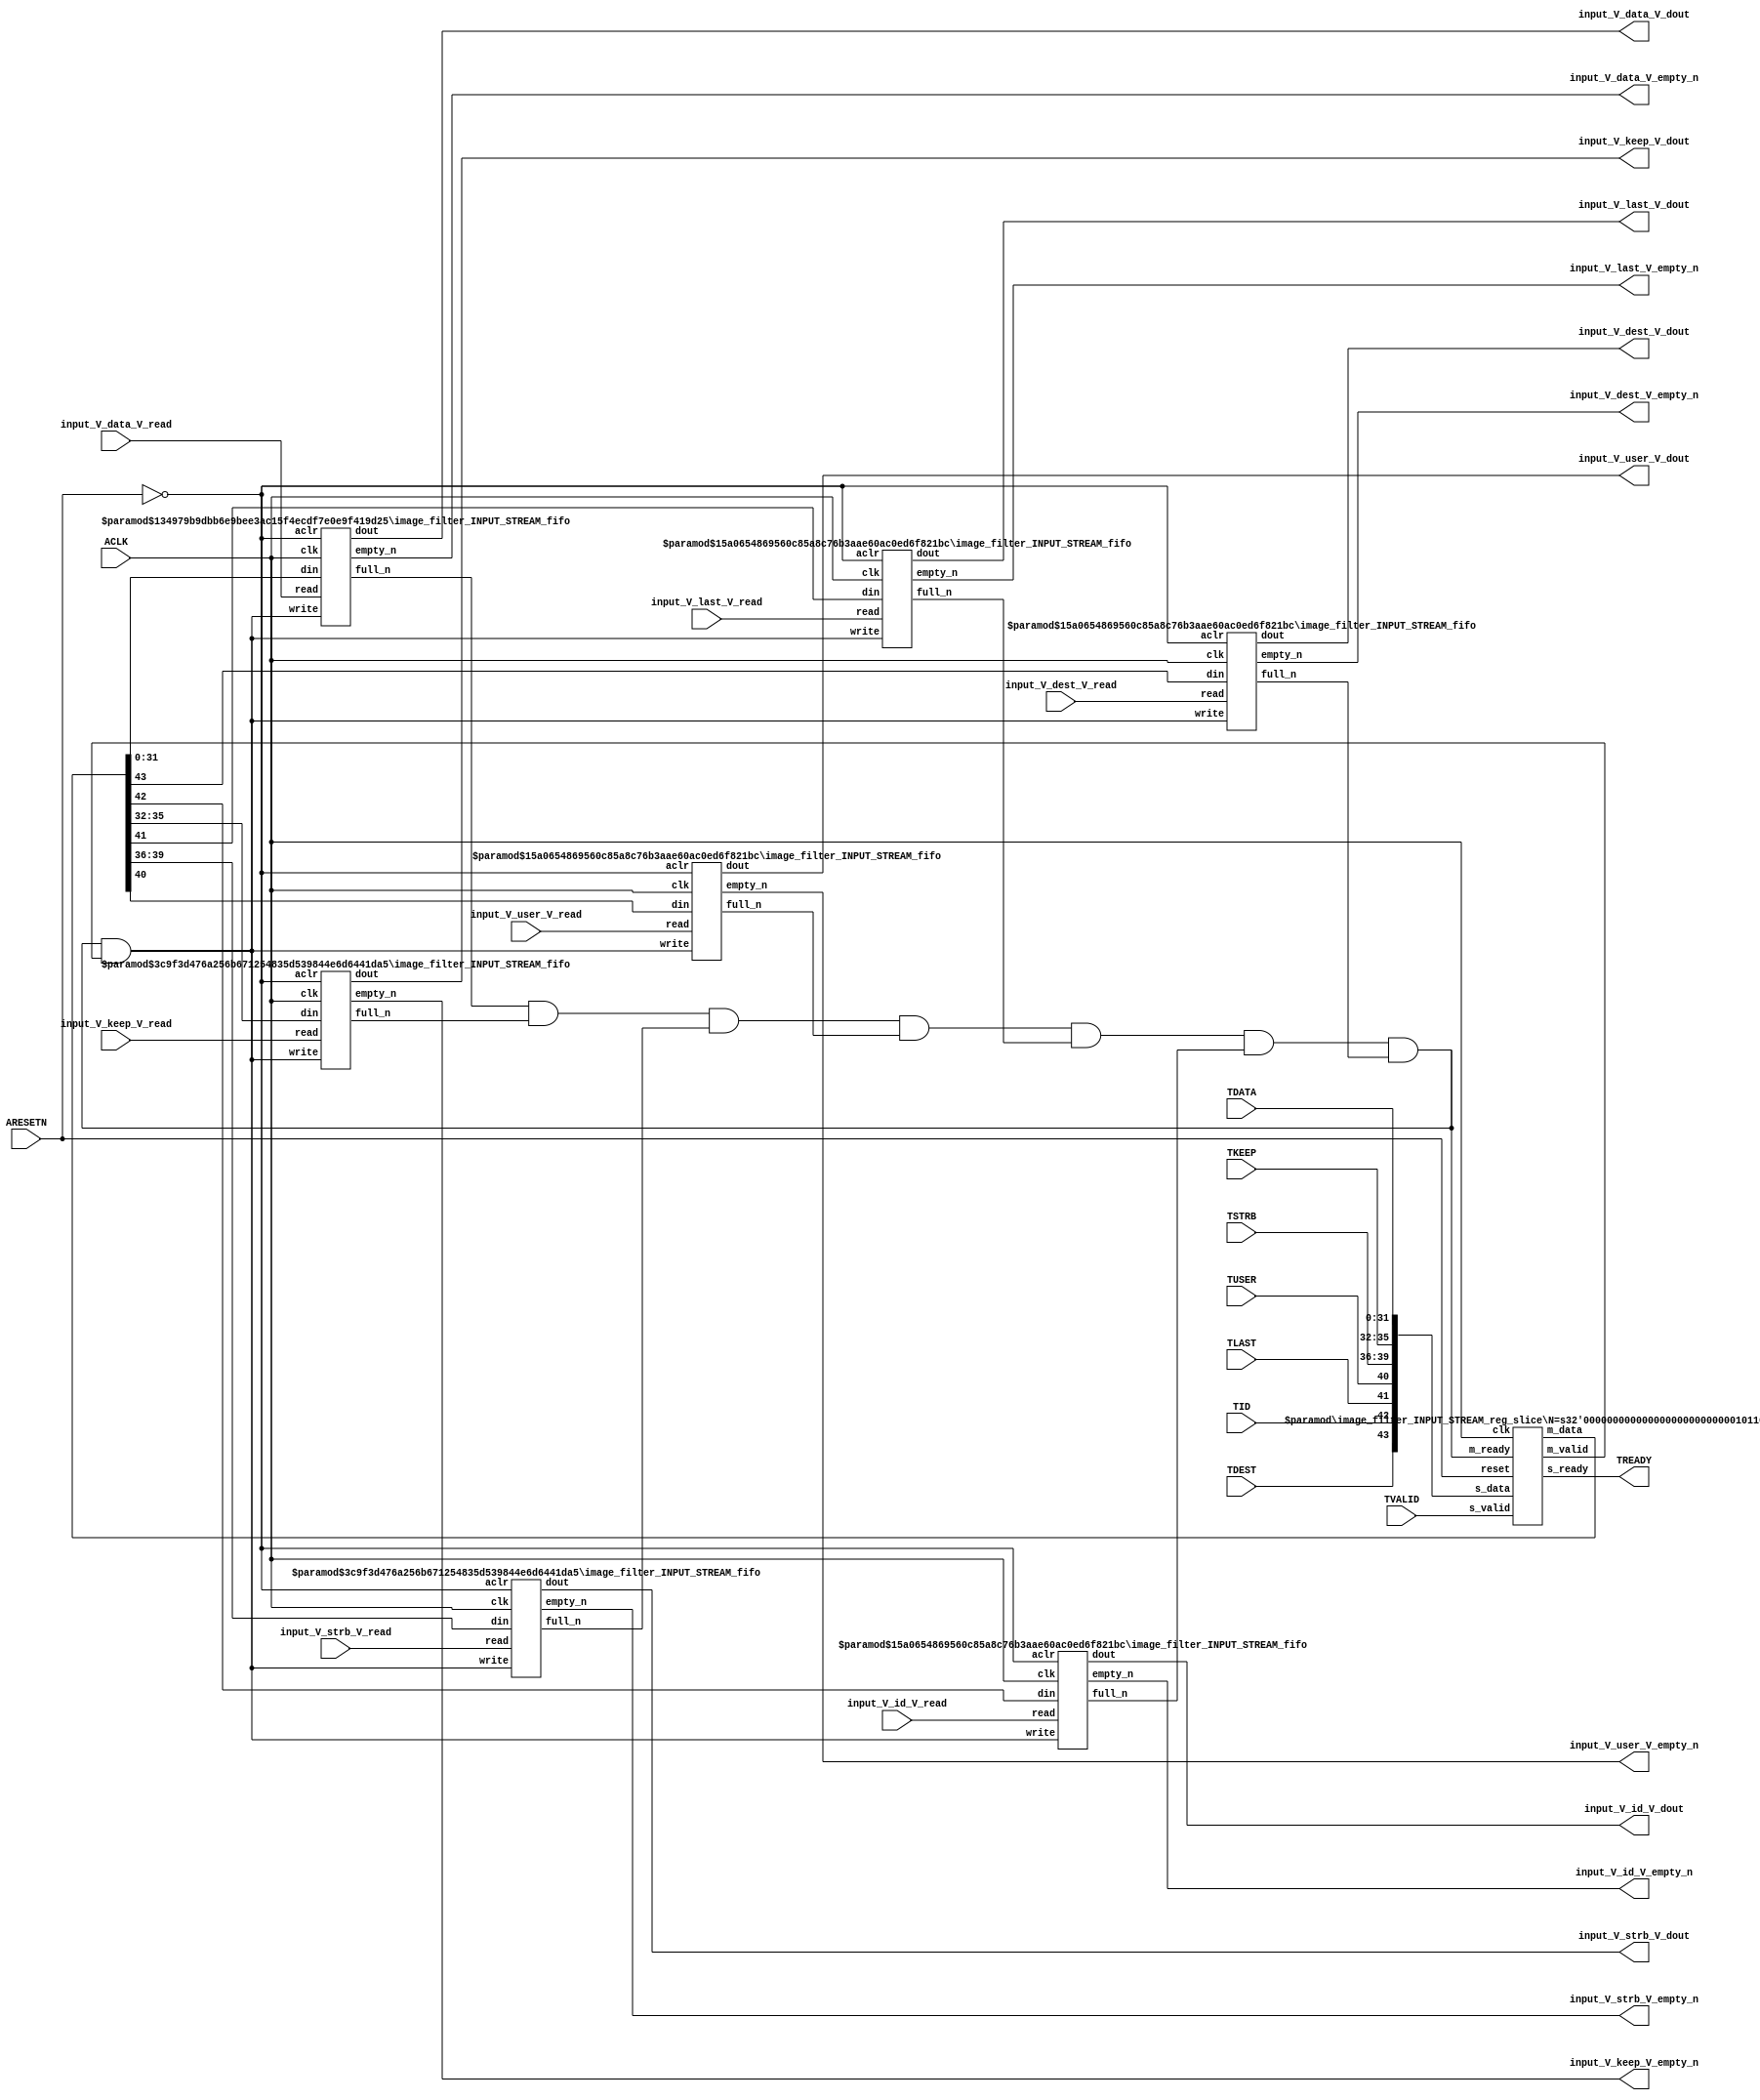
// ==============================================================
// File generated by Vivado(TM) HLS - High-Level Synthesis from C, C++ and SystemC
// Version: 2013.2
// Copyright (C) 2013 Xilinx Inc. All rights reserved.
// 
// ==============================================================


`timescale 1ns/1ps

module image_filter_INPUT_STREAM_if (
    // AXI4-Stream singals
    input  wire        ACLK,
    input  wire        ARESETN,
    input  wire        TVALID,
    output wire        TREADY,
    input  wire [31:0] TDATA,
    input  wire [3:0]  TKEEP,
    input  wire [3:0]  TSTRB,
    input  wire [0:0]  TUSER,
    input  wire [0:0]  TLAST,
    input  wire [0:0]  TID,
    input  wire [0:0]  TDEST,
    // User signals
    output wire [31:0] input_V_data_V_dout,
    output wire        input_V_data_V_empty_n,
    input  wire        input_V_data_V_read,
    output wire [3:0]  input_V_keep_V_dout,
    output wire        input_V_keep_V_empty_n,
    input  wire        input_V_keep_V_read,
    output wire [3:0]  input_V_strb_V_dout,
    output wire        input_V_strb_V_empty_n,
    input  wire        input_V_strb_V_read,
    output wire [0:0]  input_V_user_V_dout,
    output wire        input_V_user_V_empty_n,
    input  wire        input_V_user_V_read,
    output wire [0:0]  input_V_last_V_dout,
    output wire        input_V_last_V_empty_n,
    input  wire        input_V_last_V_read,
    output wire [0:0]  input_V_id_V_dout,
    output wire        input_V_id_V_empty_n,
    input  wire        input_V_id_V_read,
    output wire [0:0]  input_V_dest_V_dout,
    output wire        input_V_dest_V_empty_n,
    input  wire        input_V_dest_V_read
);
//------------------------Local signal-------------------
// FIFO
wire [0:0]  fifo_write;
wire [0:0]  fifo_full_n;
wire [31:0] input_V_data_V_din;
wire [0:0]  input_V_data_V_full_n;
wire [3:0]  input_V_keep_V_din;
wire [0:0]  input_V_keep_V_full_n;
wire [3:0]  input_V_strb_V_din;
wire [0:0]  input_V_strb_V_full_n;
wire [0:0]  input_V_user_V_din;
wire [0:0]  input_V_user_V_full_n;
wire [0:0]  input_V_last_V_din;
wire [0:0]  input_V_last_V_full_n;
wire [0:0]  input_V_id_V_din;
wire [0:0]  input_V_id_V_full_n;
wire [0:0]  input_V_dest_V_din;
wire [0:0]  input_V_dest_V_full_n;
// register slice
wire [0:0]  s_valid;
wire [0:0]  s_ready;
wire [43:0] s_data;
wire [0:0]  m_valid;
wire [0:0]  m_ready;
wire [43:0] m_data;

//------------------------Instantiation------------------
// rs
image_filter_INPUT_STREAM_reg_slice #(
    .N       ( 44 )
) rs (
    .clk     ( ACLK ),
    .reset   ( ARESETN ),
    .s_data  ( s_data ),
    .s_valid ( s_valid ),
    .s_ready ( s_ready ),
    .m_data  ( m_data ),
    .m_valid ( m_valid ),
    .m_ready ( m_ready )
);

// input_V_data_V_fifo
image_filter_INPUT_STREAM_fifo #(
    .DATA_BITS  ( 32 ),
    .DEPTH_BITS ( 4 )
) input_V_data_V_fifo (
    .clk        ( ACLK ),
    .aclr       ( ~ARESETN ),
    .empty_n    ( input_V_data_V_empty_n ),
    .full_n     ( input_V_data_V_full_n ),
    .read       ( input_V_data_V_read ),
    .write      ( fifo_write ),
    .dout       ( input_V_data_V_dout ),
    .din        ( input_V_data_V_din )
);

// input_V_keep_V_fifo
image_filter_INPUT_STREAM_fifo #(
    .DATA_BITS  ( 4 ),
    .DEPTH_BITS ( 4 )
) input_V_keep_V_fifo (
    .clk        ( ACLK ),
    .aclr       ( ~ARESETN ),
    .empty_n    ( input_V_keep_V_empty_n ),
    .full_n     ( input_V_keep_V_full_n ),
    .read       ( input_V_keep_V_read ),
    .write      ( fifo_write ),
    .dout       ( input_V_keep_V_dout ),
    .din        ( input_V_keep_V_din )
);

// input_V_strb_V_fifo
image_filter_INPUT_STREAM_fifo #(
    .DATA_BITS  ( 4 ),
    .DEPTH_BITS ( 4 )
) input_V_strb_V_fifo (
    .clk        ( ACLK ),
    .aclr       ( ~ARESETN ),
    .empty_n    ( input_V_strb_V_empty_n ),
    .full_n     ( input_V_strb_V_full_n ),
    .read       ( input_V_strb_V_read ),
    .write      ( fifo_write ),
    .dout       ( input_V_strb_V_dout ),
    .din        ( input_V_strb_V_din )
);

// input_V_user_V_fifo
image_filter_INPUT_STREAM_fifo #(
    .DATA_BITS  ( 1 ),
    .DEPTH_BITS ( 4 )
) input_V_user_V_fifo (
    .clk        ( ACLK ),
    .aclr       ( ~ARESETN ),
    .empty_n    ( input_V_user_V_empty_n ),
    .full_n     ( input_V_user_V_full_n ),
    .read       ( input_V_user_V_read ),
    .write      ( fifo_write ),
    .dout       ( input_V_user_V_dout ),
    .din        ( input_V_user_V_din )
);

// input_V_last_V_fifo
image_filter_INPUT_STREAM_fifo #(
    .DATA_BITS  ( 1 ),
    .DEPTH_BITS ( 4 )
) input_V_last_V_fifo (
    .clk        ( ACLK ),
    .aclr       ( ~ARESETN ),
    .empty_n    ( input_V_last_V_empty_n ),
    .full_n     ( input_V_last_V_full_n ),
    .read       ( input_V_last_V_read ),
    .write      ( fifo_write ),
    .dout       ( input_V_last_V_dout ),
    .din        ( input_V_last_V_din )
);

// input_V_id_V_fifo
image_filter_INPUT_STREAM_fifo #(
    .DATA_BITS  ( 1 ),
    .DEPTH_BITS ( 4 )
) input_V_id_V_fifo (
    .clk        ( ACLK ),
    .aclr       ( ~ARESETN ),
    .empty_n    ( input_V_id_V_empty_n ),
    .full_n     ( input_V_id_V_full_n ),
    .read       ( input_V_id_V_read ),
    .write      ( fifo_write ),
    .dout       ( input_V_id_V_dout ),
    .din        ( input_V_id_V_din )
);

// input_V_dest_V_fifo
image_filter_INPUT_STREAM_fifo #(
    .DATA_BITS  ( 1 ),
    .DEPTH_BITS ( 4 )
) input_V_dest_V_fifo (
    .clk        ( ACLK ),
    .aclr       ( ~ARESETN ),
    .empty_n    ( input_V_dest_V_empty_n ),
    .full_n     ( input_V_dest_V_full_n ),
    .read       ( input_V_dest_V_read ),
    .write      ( fifo_write ),
    .dout       ( input_V_dest_V_dout ),
    .din        ( input_V_dest_V_din )
);

//------------------------Body---------------------------
//++++++++++++++++++++++++AXI4-Stream++++++++++++++++++++
assign TREADY = s_ready;

//+++++++++++++++++++++++++++++++++++++++++++++++++++++++

//++++++++++++++++++++++++Reigister Slice++++++++++++++++
assign s_valid = TVALID;
assign m_ready = fifo_full_n;
assign s_data  = {TDEST[0:0], TID[0:0], TLAST[0:0], TUSER[0:0], TSTRB[3:0], TKEEP[3:0], TDATA[31:0]};

//+++++++++++++++++++++++++++++++++++++++++++++++++++++++

//++++++++++++++++++++++++FIFO+++++++++++++++++++++++++++
assign fifo_write         = fifo_full_n & m_valid;
assign input_V_data_V_din = m_data[31:0];
assign input_V_keep_V_din = m_data[35:32];
assign input_V_strb_V_din = m_data[39:36];
assign input_V_user_V_din = m_data[40:40];
assign input_V_last_V_din = m_data[41:41];
assign input_V_id_V_din   = m_data[42:42];
assign input_V_dest_V_din = m_data[43:43];
assign fifo_full_n        = input_V_data_V_full_n & input_V_keep_V_full_n & input_V_strb_V_full_n & input_V_user_V_full_n & input_V_last_V_full_n & input_V_id_V_full_n & input_V_dest_V_full_n;

//+++++++++++++++++++++++++++++++++++++++++++++++++++++++

endmodule



`timescale 1ns/1ps

module image_filter_INPUT_STREAM_fifo
#(parameter
    DATA_BITS  = 8,
    DEPTH_BITS = 4
)(
    input  wire                 clk,
    input  wire                 aclr,
    output wire                 empty_n,
    output wire                 full_n,
    input  wire                 read,
    input  wire                 write,
    output wire [DATA_BITS-1:0] dout,
    input  wire [DATA_BITS-1:0] din
);
//------------------------Parameter----------------------
localparam
    DEPTH = 1 << DEPTH_BITS;
//------------------------Local signal-------------------
reg                   empty;
reg                   full;
reg  [DEPTH_BITS-1:0] index;
reg  [DATA_BITS-1:0]  mem[0:DEPTH-1];
//------------------------Body---------------------------
assign empty_n = ~empty;
assign full_n  = ~full;
assign dout    = mem[index];

// empty
always @(posedge clk or posedge aclr) begin
    if (aclr)
        empty <= 1'b1;
    else if (empty & write & ~read)
        empty <= 1'b0;
    else if (~empty & ~write & read & (index==1'b0))
        empty <= 1'b1;
end

// full
always @(posedge clk or posedge aclr) begin
    if (aclr)
        full <= 1'b0;
    else if (full & read & ~write)
        full <= 1'b0;
    else if (~full & ~read & write & (index==DEPTH-2'd2))
        full <= 1'b1;
end

// index
always @(posedge clk or posedge aclr) begin
    if (aclr)
        index <= {DEPTH_BITS{1'b1}};
    else if (~empty & ~write & read)
        index <= index - 1'b1;
    else if (~full & ~read & write)
        index <= index + 1'b1;
end

// mem
always @(posedge clk) begin
    if (~full & write) mem[0] <= din;
end

genvar i;
generate
    for (i = 1; i < DEPTH; i = i + 1) begin : gen_sr
        always @(posedge clk) begin
            if (~full & write) mem[i] <= mem[i-1];
        end
    end
endgenerate

endmodule

`timescale 1ns/1ps

module image_filter_INPUT_STREAM_reg_slice
#(parameter
    N = 8   // data width
) (
    // system signals
    input  wire         clk,
    input  wire         reset,
    // slave side
    input  wire [N-1:0] s_data,
    input  wire         s_valid,
    output wire         s_ready,
    // master side
    output wire [N-1:0] m_data,
    output wire         m_valid,
    input  wire         m_ready
);
//------------------------Parameter----------------------
// state
localparam [1:0]
    ZERO = 2'b10,
    ONE  = 2'b11,
    TWO  = 2'b01;
//------------------------Local signal-------------------
reg  [N-1:0] data_p1;
reg  [N-1:0] data_p2;
wire         load_p1;
wire         load_p2;
wire         load_p1_from_p2;
reg          s_ready_t;
reg  [1:0]   state;
reg  [1:0]   next;
//------------------------Body---------------------------
assign s_ready = s_ready_t;
assign m_data  = data_p1;
assign m_valid = state[0];

assign load_p1 = (state == ZERO && s_valid) ||
                 (state == ONE && s_valid && m_ready) ||
                 (state == TWO && m_ready);
assign load_p2 = s_valid & s_ready;
assign load_p1_from_p2 = (state == TWO);

// data_p1
always @(posedge clk) begin
    if (load_p1) begin
        if (load_p1_from_p2)
            data_p1 <= data_p2;
        else
            data_p1 <= s_data;
    end
end

// data_p2
always @(posedge clk) begin
    if (load_p2) data_p2 <= s_data;
end

// s_ready_t
always @(posedge clk) begin
    if (~reset)
        s_ready_t <= 1'b0;
    else if (state == ZERO)
        s_ready_t <= 1'b1;
    else if (state == ONE && next == TWO)
        s_ready_t <= 1'b0;
    else if (state == TWO && next == ONE)
        s_ready_t <= 1'b1;
end

// state
always @(posedge clk) begin
    if (~reset)
        state <= ZERO;
    else
        state <= next;
end

// next
always @(*) begin
    case (state)
        ZERO:
            if (s_valid & s_ready)
                next = ONE;
            else
                next = ZERO;
        ONE:
            if (~s_valid & m_ready)
                next = ZERO;
            else if (s_valid & ~m_ready)
                next = TWO;
            else
                next = ONE;
        TWO:
            if (m_ready)
                next = ONE;
            else
                next = TWO;
        default:
            next = ZERO;
    endcase
end

endmodule